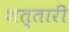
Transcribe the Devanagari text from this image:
शत्तारी